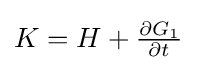
{\textstyle K=H+{\frac {\partial G_{1}}{\partial t}}}